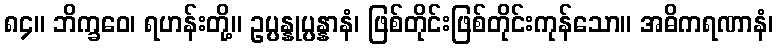
၈၄။ ဘိက္ခဝေ၊ ရဟန်းတို့။ ဥပ္ပန္နုပ္ပန္နာနံ၊ ဖြစ်တိုင်းဖြစ်တိုင်းကုန်သော။ အဓိကရဏာနံ၊